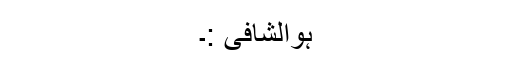
ہوالشافی :۔